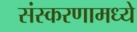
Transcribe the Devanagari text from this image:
संस्करणामध्ये